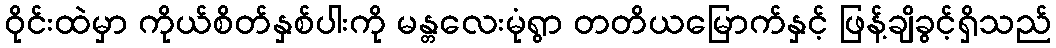
ဝိုင်းထဲမှာ ကိုယ်စိတ်နှစ်ပါးကို မန္တလေးမုံရွာ တတိယမြောက်နှင့် ဖြန့်ချိခွင့်ရှိသည်